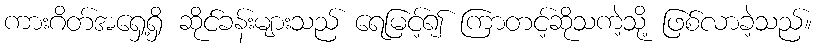
ကားဂိတ်အရှေ့ရှိ ဆိုင်ခန်းများသည် ရေမြင့်၍ ကြာတင့်ဆိုသကဲ့သို့ ဖြစ်လာခဲ့သည်။